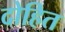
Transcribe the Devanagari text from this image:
दोहित